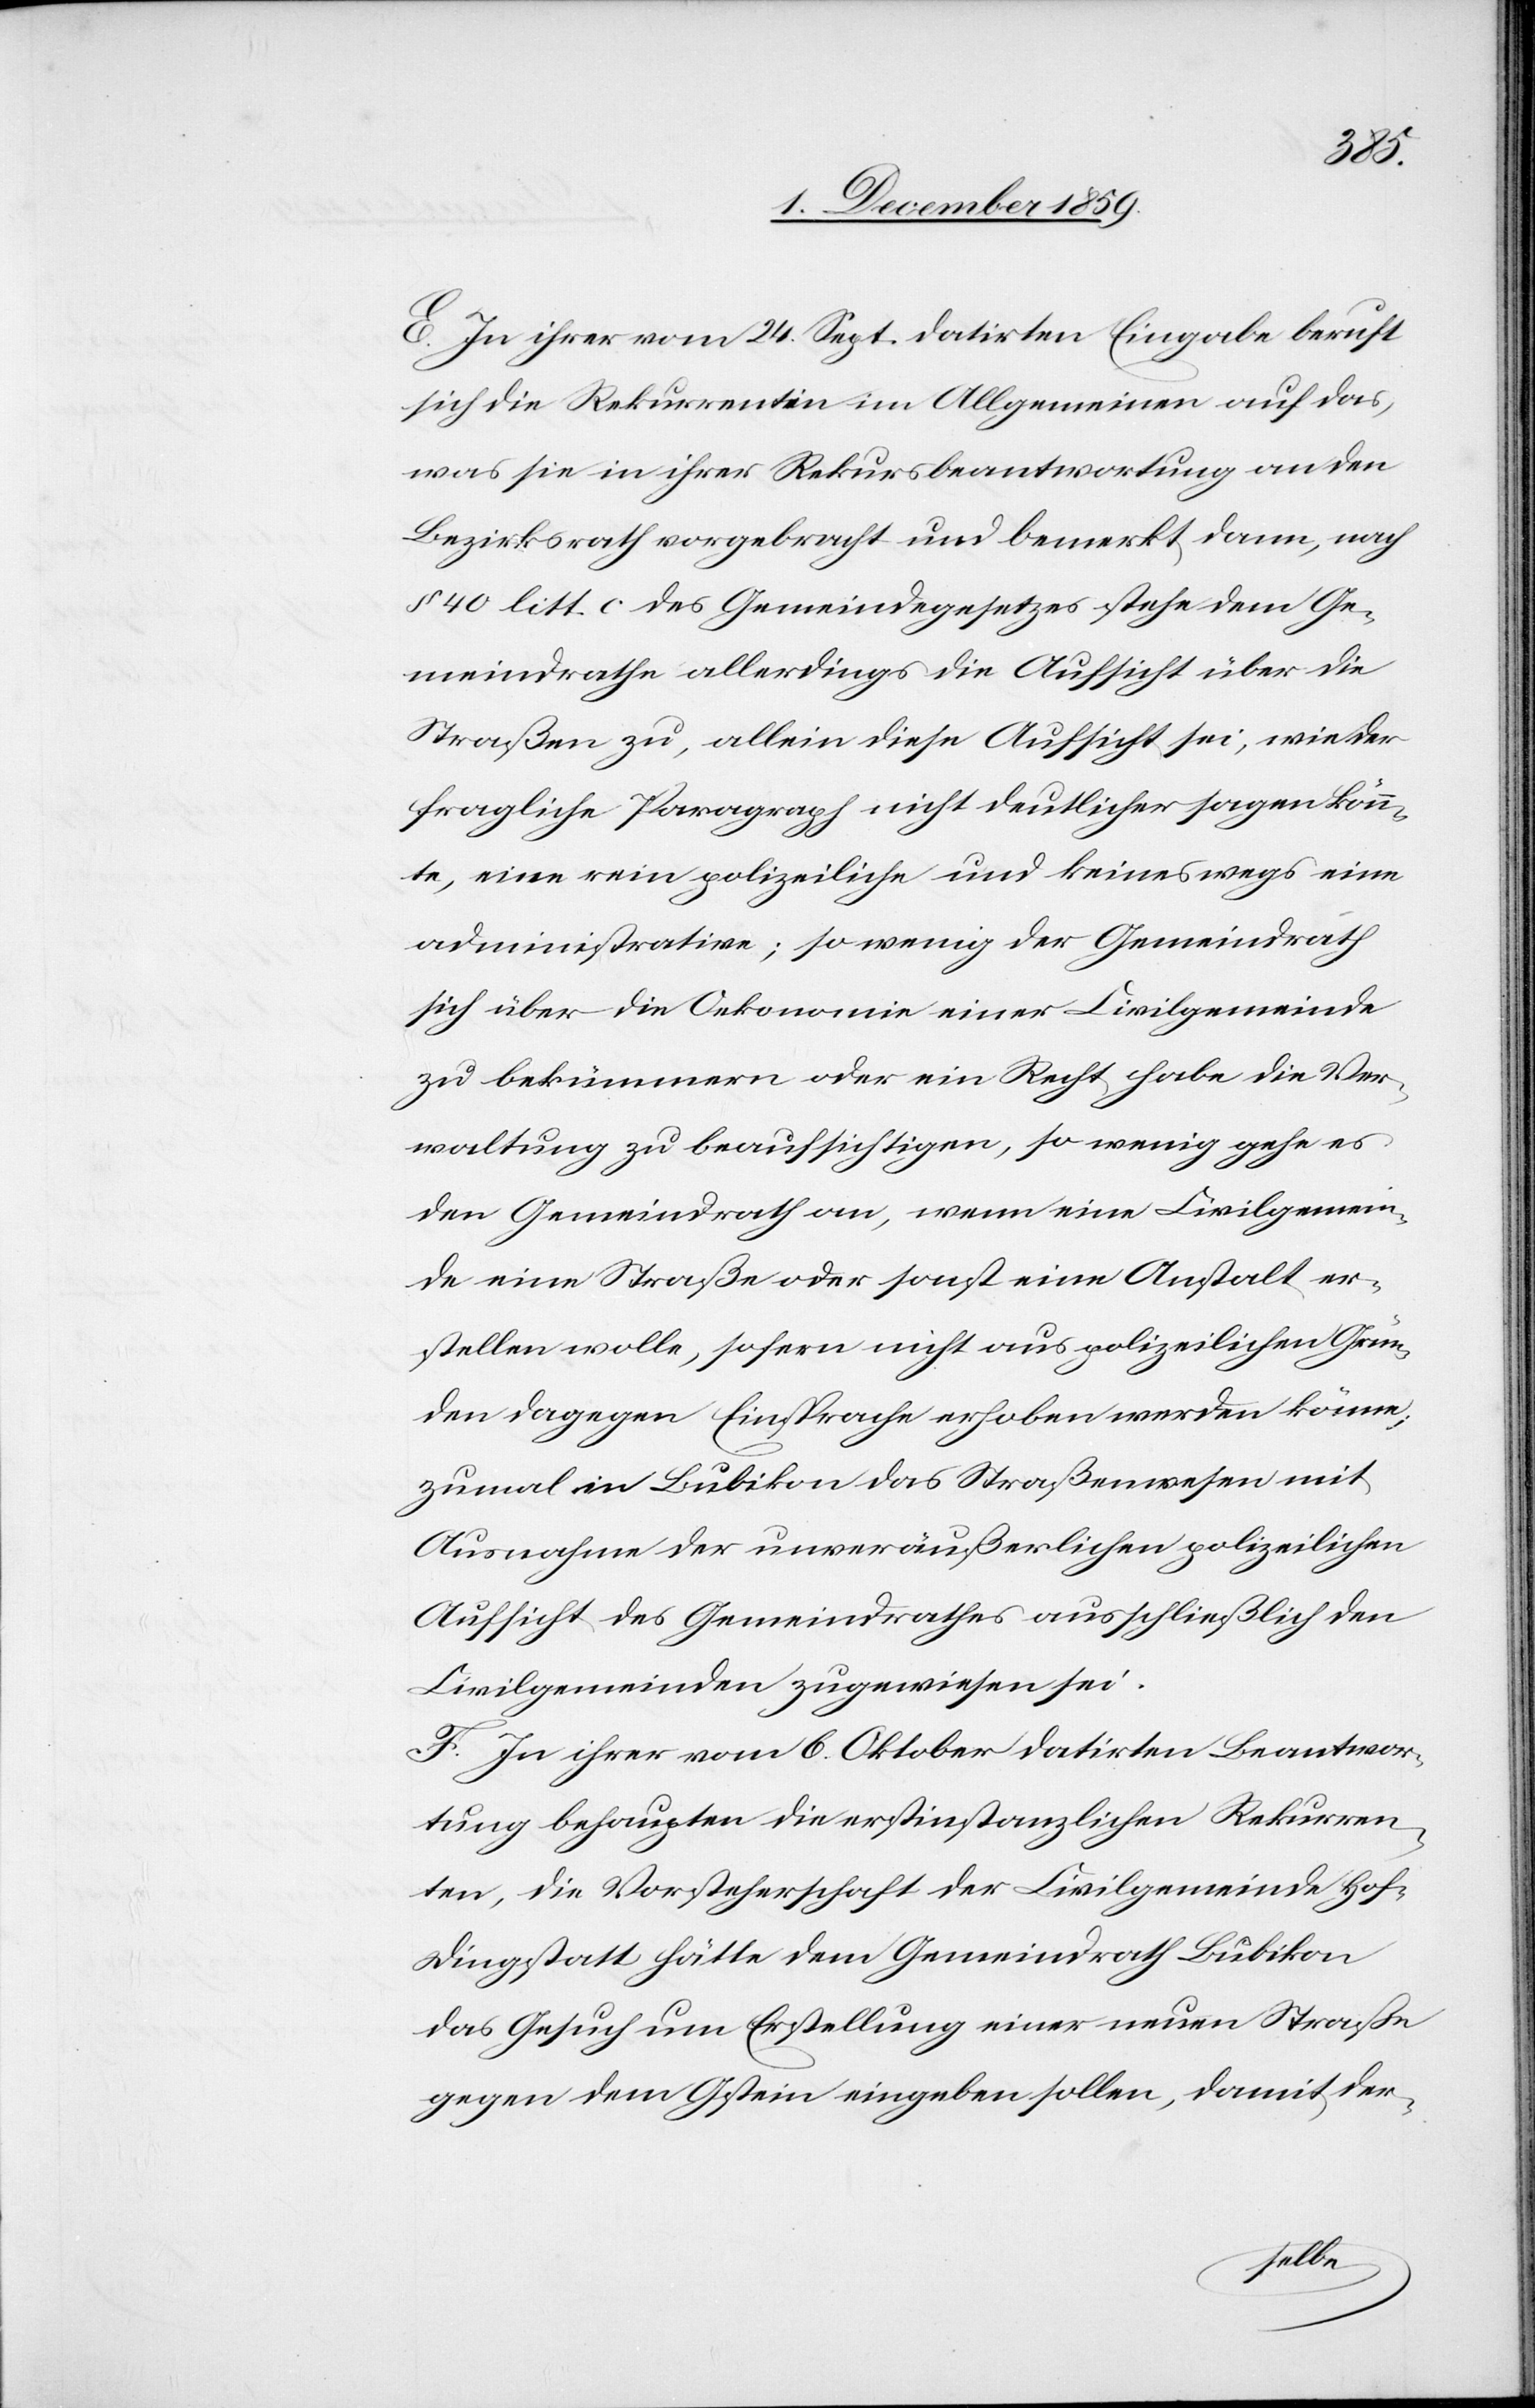
E. In ihrer vom 24. Sept. datirten Eingabe beruft
sich die Rekurrentin im Allgemeinen auf das,
was sie in ihrer Rekursbeantwortung an der
Bezirksrath vorgebracht und bemerkt dann, nach
§ 40 litt c des Gemeindegesetzes stehe dem Ge¬
meindrath allerdings die Aufsicht über die
Straßen zu, allein diese Aufsicht sei, wie der
fragliche Paragraph nicht deutlicher sagen könn¬
te, eine rein polizeiliche und keineswegs eine
administrative; so wenig der Gemeindrath
sich über die Oekonomie einer Civilgemeinde
zu bekümmern oder ein Recht habe die Ver¬
waltung zu beaufsichtigen, so wenig gehe es
den Gemeindrath an, wenn eine Civilgemein¬
de eine Straße oder sonst eine Anstalt er¬
stellen wolle, sofern nicht aus polizeilichen Grün¬
den dagegen Einsprache erhoben werden könne;
zumal in Bubikon das Straßenwesen mit
Ausnahme der unveräußerlichen polizeilichen
Aufsicht des Gemeindrathes ausschließlich den
Civilgemeinden zugewiesen sei.
F. In ihrer vom 6. Oktober datirten Beantwor¬
tung behaupten die erstinstanzlichen Rekurren¬
ten, die Vorsteherschaft der Civilgemeinde Hof-D¬
ingstatt hätte dem Gemeindrath Bubikon
das Gesuch um Erstellung einer neuen Straße
gegen Gstein eingeben sollen, damit der-